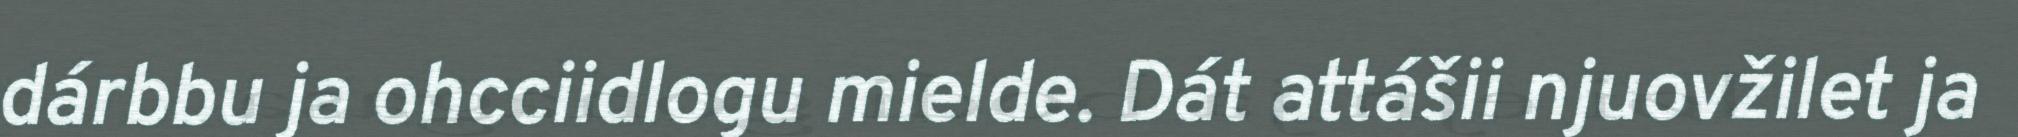
dárbbu ja ohcciidlogu mielde. Dát attášii njuovžilet ja